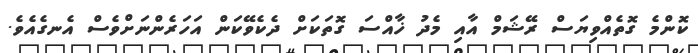
ކޮންމެ ގޮތެއްވިޔަސް ރޭޝަމް އާއި މެދު ޚާއްސަ ގޮތަކަށް ދެކެވޭކަން އަހަރެންނަށްވެސް އެނގެއެވެ.